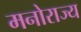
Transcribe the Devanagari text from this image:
मनोराज्य